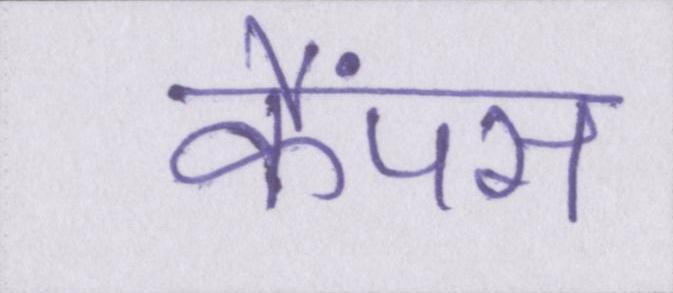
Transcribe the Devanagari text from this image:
कैंपस